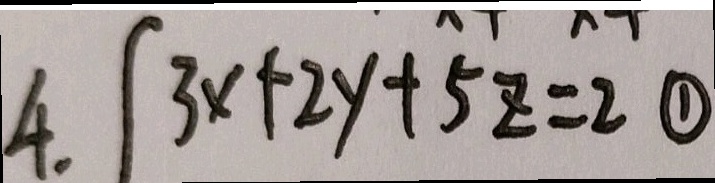
4 . \{ 3 x + 2 y + 5 z = 2 \textcircled { 1 }